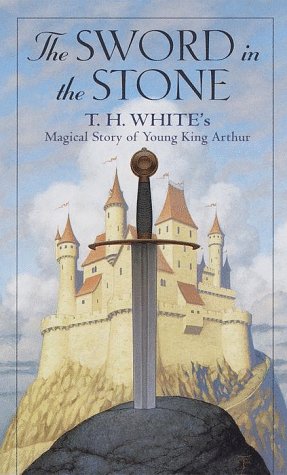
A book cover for The Sword in the Stone: Magical Story of Young King Arthur; T.H. White; Children's Books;